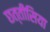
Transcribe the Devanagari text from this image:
छत्तीसिया